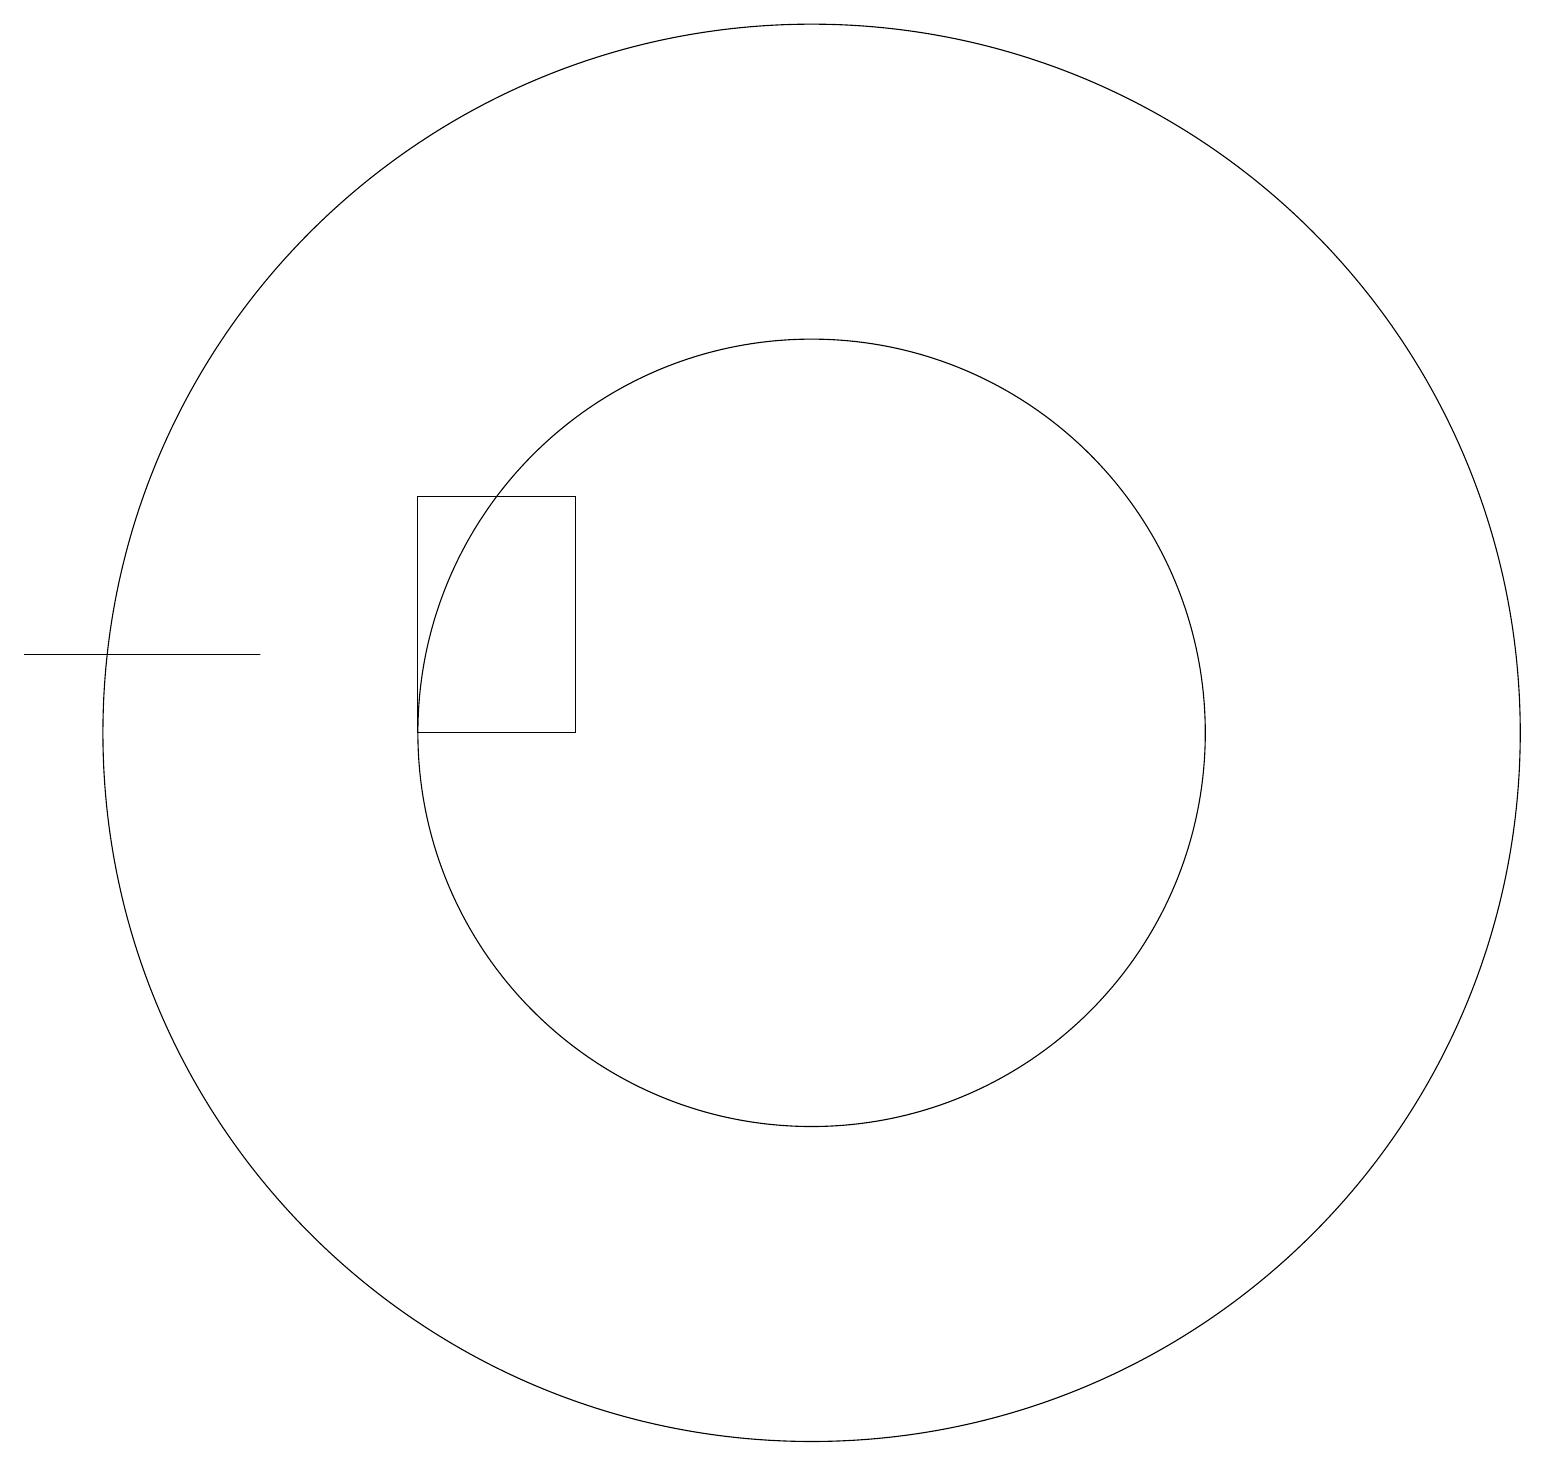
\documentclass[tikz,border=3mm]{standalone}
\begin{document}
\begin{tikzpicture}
\draw (11,11) circle (5);
\draw (11,11) circle (9);
\draw (4,12) rectangle (1,12);
\draw (6,11) rectangle (8,14);
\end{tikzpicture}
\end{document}